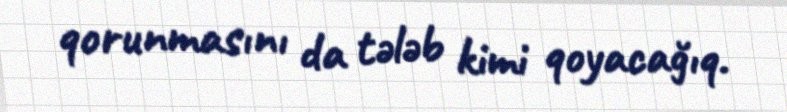
qorunmasını da tələb kimi qoyacağıq.